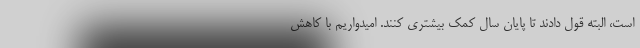
است، البته قول دادند تا پایان سال کمک بیشتری کنند. امیدواریم با کاهش